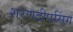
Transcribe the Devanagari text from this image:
शरणदीपसिंग